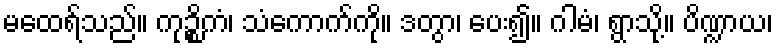
မထေရ်သည်။ ကုဉ္စိကံ၊ သံကောက်ကို။ ဒတွာ၊ ပေး၍။ ဂါမံ၊ ရွာသို့။ ပိဏ္ဍာယ၊